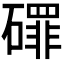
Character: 𱴷